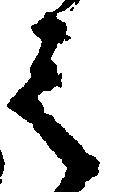
之